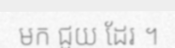
មក ជួយ ដែរ ។